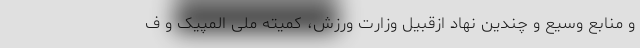
و منابع وسیع و چندین نهاد ازقبیل وزارت ورزش، کمیته ملی المپیک و ف